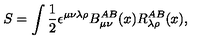
S = \int \frac { 1 } { 2 } \epsilon ^ { \mu \nu \lambda \rho } B _ { \mu \nu } ^ { A B } ( x ) R _ { \lambda \rho } ^ { A B } ( x ) ,